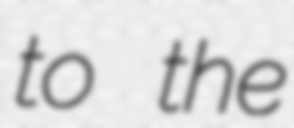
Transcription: to the